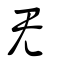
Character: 旡